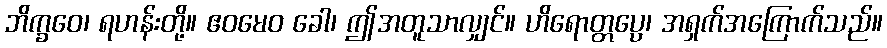
ဘိက္ခဝေ၊ ရဟန်းတို့။ ဧဝမေဝ ခေါ၊ ဤအတူသာလျှင်။ ဟိရောတ္တပ္ပေ၊ အရှက်အကြောက်သည်။